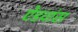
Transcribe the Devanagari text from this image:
ऐडवांस